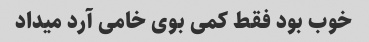
خوب بود فقط کمی بوی خامی آرد میداد